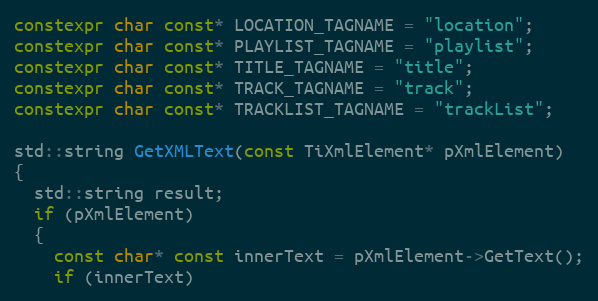
Language: C++
constexpr char const* LOCATION_TAGNAME = "location";
constexpr char const* PLAYLIST_TAGNAME = "playlist";
constexpr char const* TITLE_TAGNAME = "title";
constexpr char const* TRACK_TAGNAME = "track";
constexpr char const* TRACKLIST_TAGNAME = "trackList";

std::string GetXMLText(const TiXmlElement* pXmlElement)
{
  std::string result;
  if (pXmlElement)
  {
    const char* const innerText = pXmlElement->GetText();
    if (innerText)